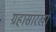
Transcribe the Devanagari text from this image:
ग्रहासारखा